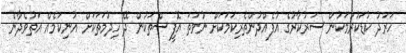
ހަރަދު ކުޑަކުރުމަކުން ސަރުކާރުގެ އުފެއްދުންތެރިކަމަކަށް ނުވަތަ އޮފީސްތަކުން ދޭ ހިދުމަތަކަށް އުނިކަމެއް އަތުވެދާނެ